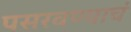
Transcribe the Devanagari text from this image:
पसरवण्याचं